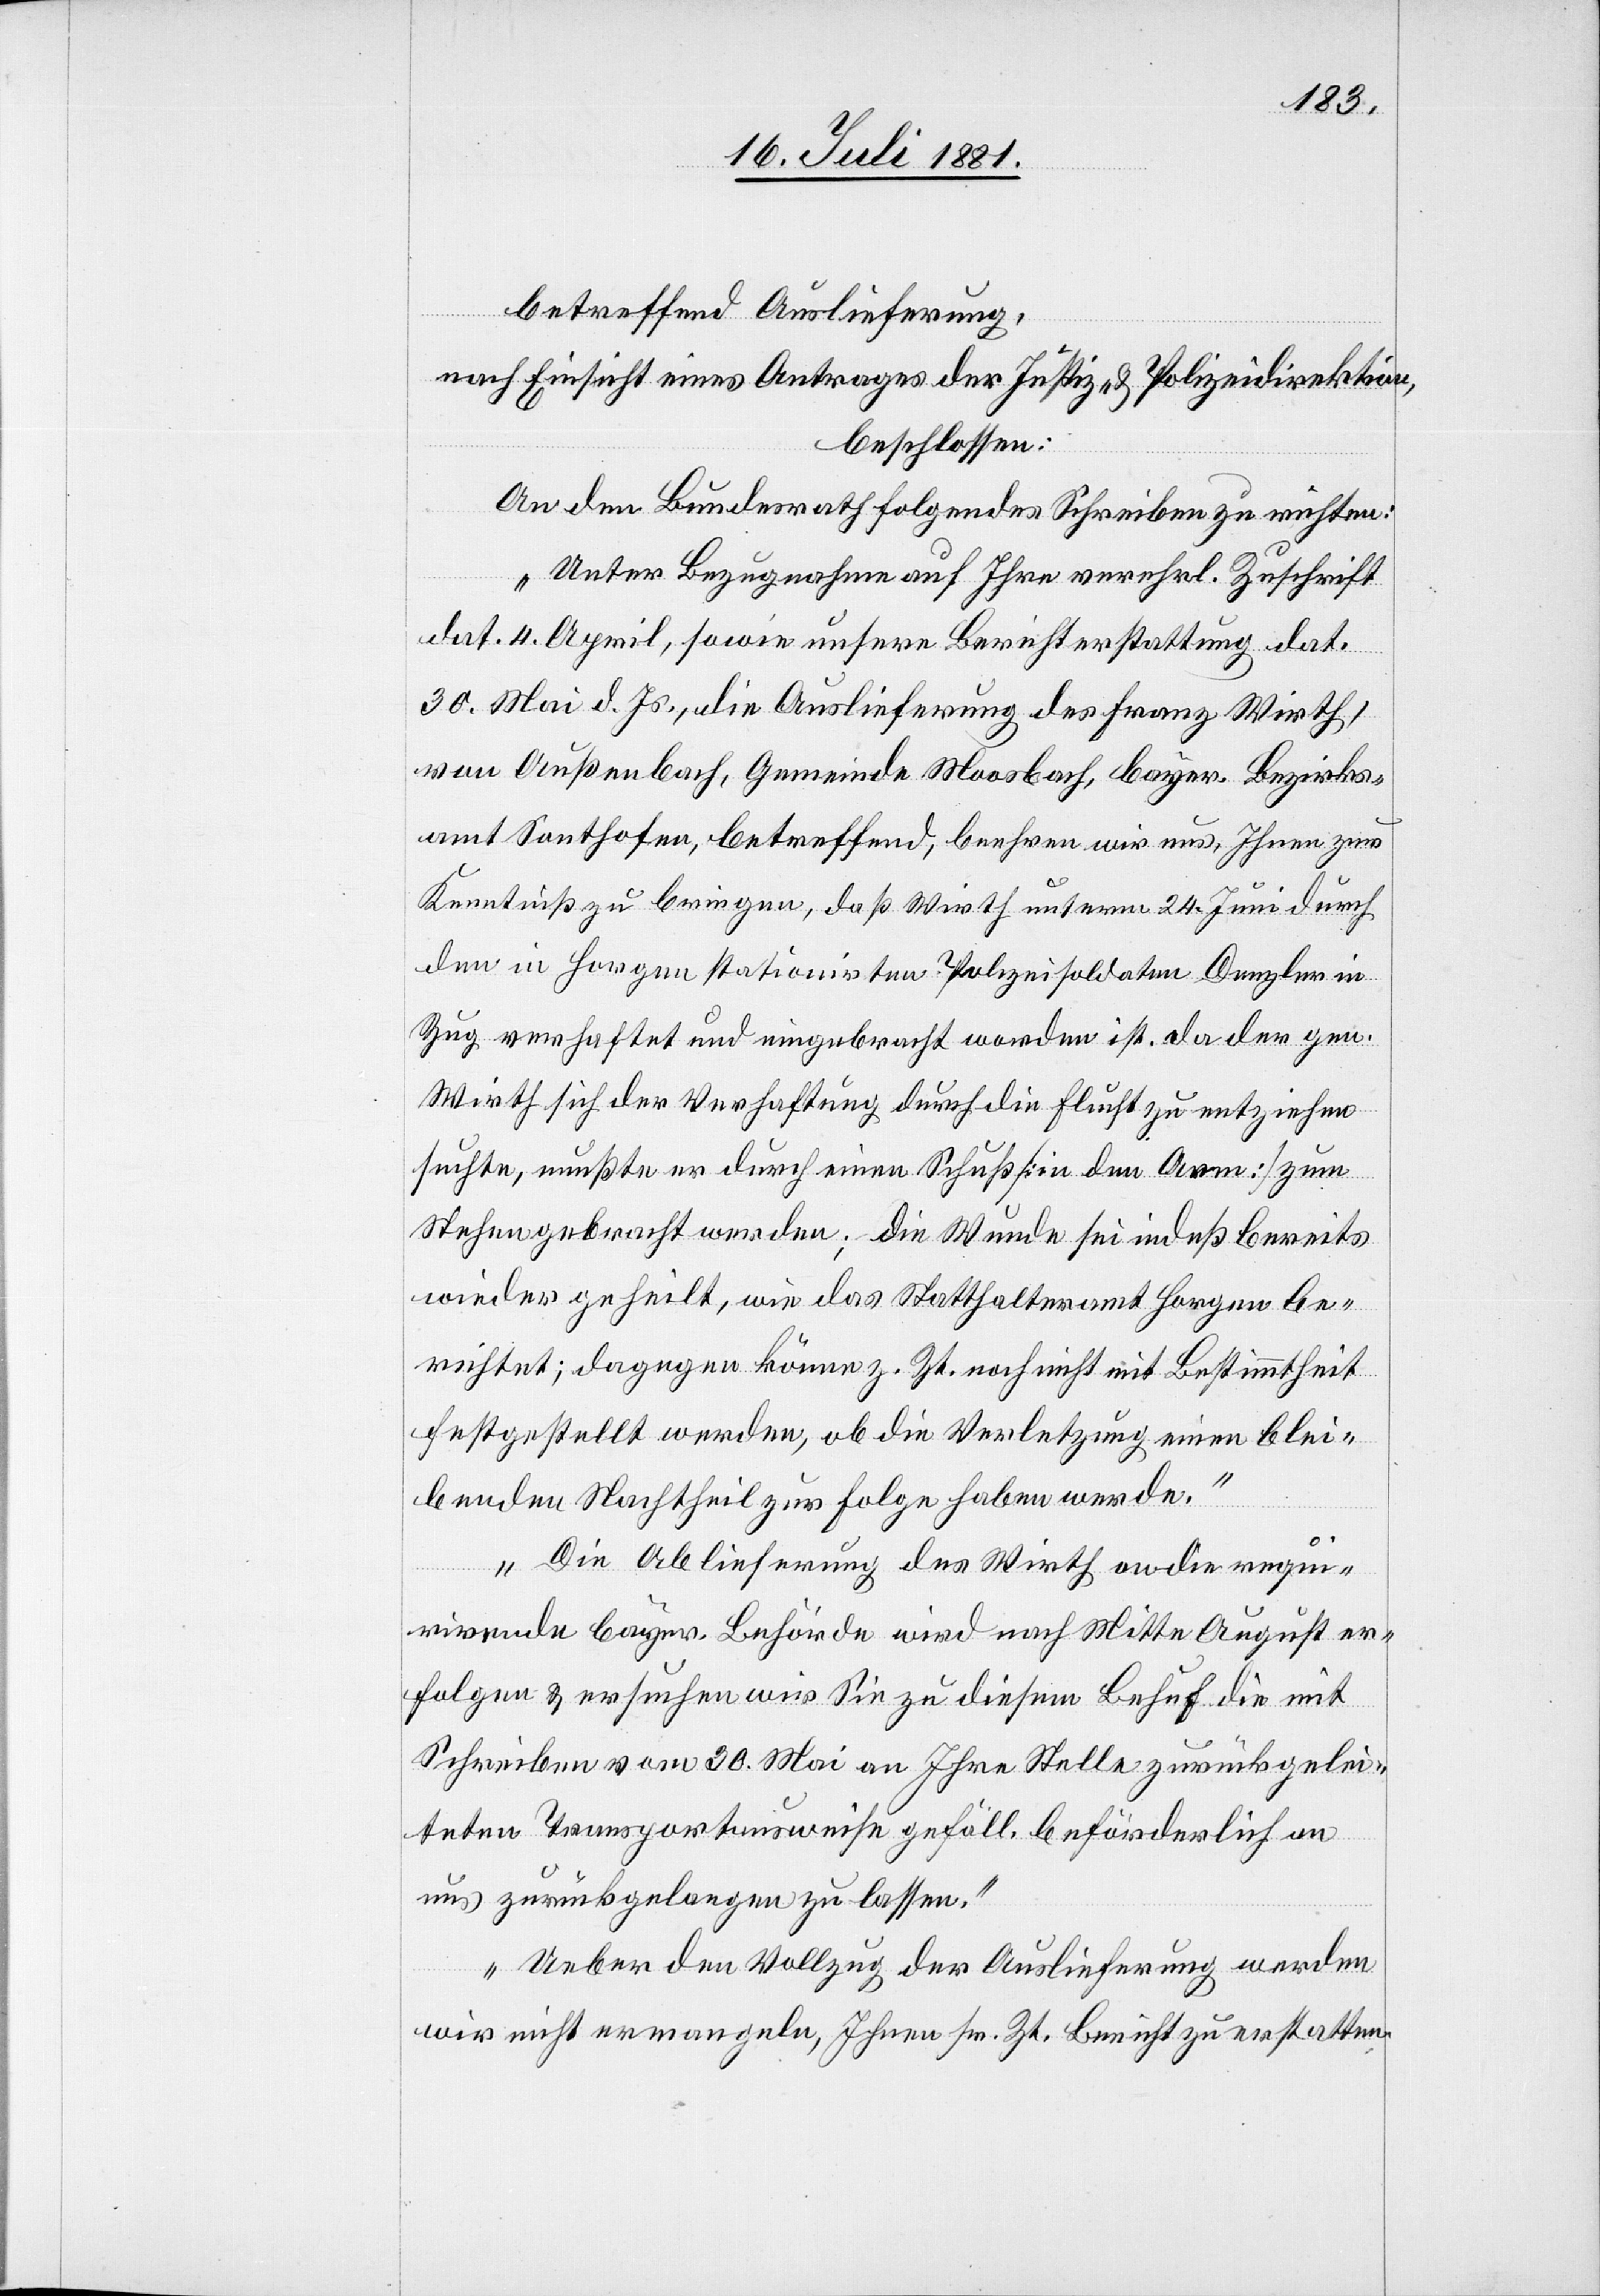
betreffend Auslieferung,
nach Einsicht eines Antrages der Justiz- & Polizeidirektion,
beschlossen:
An den Bundesrath folgendes Schreiben zu richten:
„Unter Bezugnahme auf Ihre verehrl. Zuschrift
dat. 4. April, sowie unsere Berichterstattung dat.
30. Mai d. Js., die Auslieferung des Franz Wirth,
von Außenbach, Gemeinde Moosbach, bayer. Bezirks¬
amt Sonthofen, betreffend, beehren wir uns, Ihnen zur
Kenntniß zu bringen, daß Wirth unterm 24. Juni durch
den in Horgen stationirten Polizeisoldaten Dengler in
Zug verhaftet und eingebracht worden ist. da der gen.
Wirth sich der Verhaftung durch die Flucht zu entziehen
suchte, mußte er durch einen Schuß [in den Arm] zum
Stehen gebracht werden; die Wunde sei indeß bereits
wieder geheilt, wie das Statthalteramt Horgen be¬
richtet; dagegen könne z. Zt. noch nicht mit Bestimmtheit
festgestellt werden, ob die Verletzung einen blei¬
benden Nachtheil zur Folge haben werde.
Die Ablieferung des Wirth an die requi¬
rirende bayer. Behörde wird nach Mitte August er¬
folgen & ersuchen wir Sie zu diesem Behuf die mit
Schreiben vom 30. Mai an Ihre Stelle zurückgelei¬
teten Transportausweise gefäll. behördlich an
uns zurückgelangen zu lassen.
Ueber den Vollzug der Auslieferung werden
wir nicht ermangeln, Ihnen sr. Zt. Bericht zu erstatten.